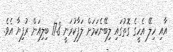
އާއި ހިލޭ އެހީގެ ގޮތުގައި ލިބޭނެކަމަށް ލަފާކުރަނީ 17.8 ބިލިއަން ރުފިޔާ އެވެ.